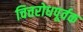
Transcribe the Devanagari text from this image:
चित्तरोधपूर्वक